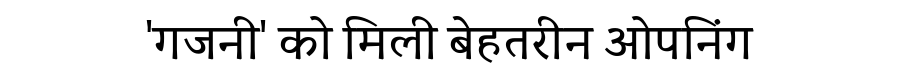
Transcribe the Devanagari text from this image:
'गजनी' को मिली बेहतरीन ओपनिंग